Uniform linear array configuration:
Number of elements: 8
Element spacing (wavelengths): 0.5
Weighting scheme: binomial
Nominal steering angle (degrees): -60
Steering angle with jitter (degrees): -59.141
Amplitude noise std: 0.05
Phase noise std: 0.05

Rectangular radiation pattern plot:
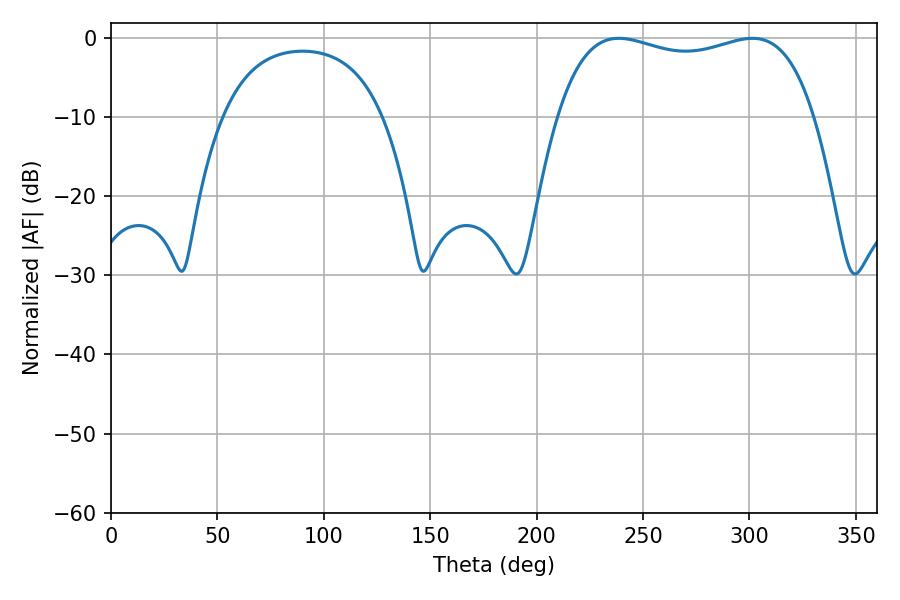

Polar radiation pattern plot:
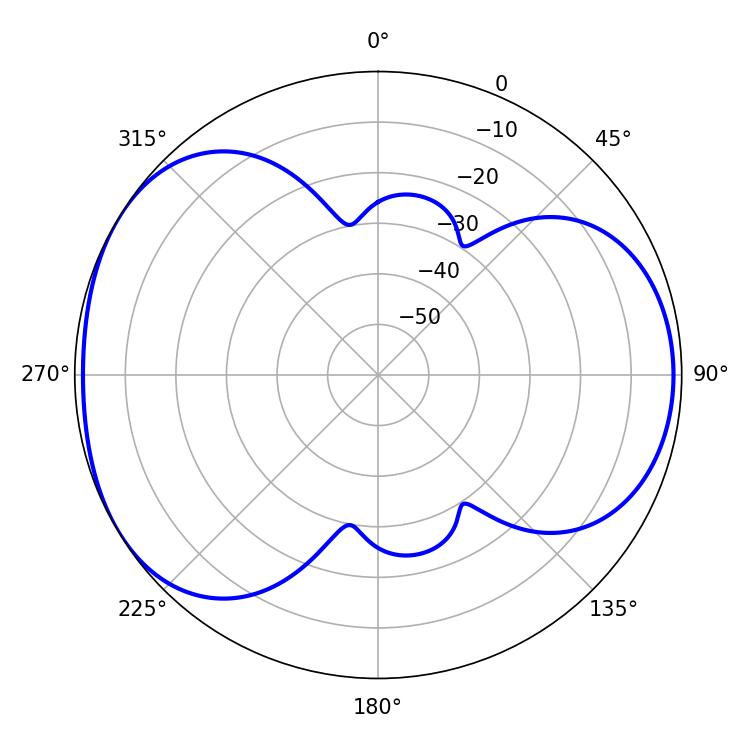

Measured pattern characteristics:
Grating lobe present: FALSE
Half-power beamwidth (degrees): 97.92
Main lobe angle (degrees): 238.68